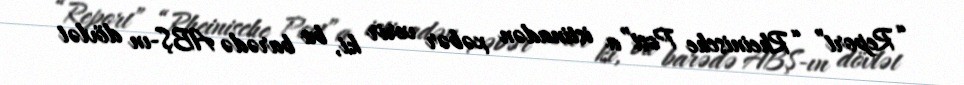
“Report” “Rheinische Post”a istinadən xəbər verir ki, bu barədə ABŞ-ın dövlət